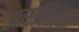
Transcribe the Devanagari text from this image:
उतरविताना